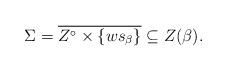
LaTeX: \begin{align*} \Sigma = \overline{ Z^\circ \times \{ws_\beta\} } \subseteq Z(\beta).\end{align*}